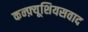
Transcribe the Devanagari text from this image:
कन्फ़्यूशियसवाद